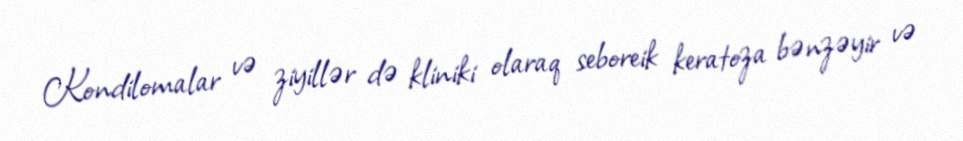
Kondilomalar və ziyillər də kliniki olaraq seboreik keratoza bənzəyir və